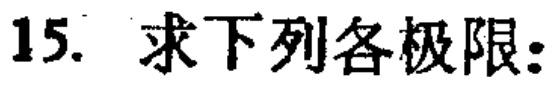
15. 求下列各极限：